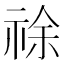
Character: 𰨂